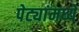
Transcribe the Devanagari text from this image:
पेट्यांमध्ये